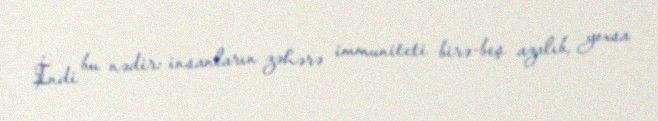
İndi bu nədir: insanların zəhərə immuniteti birə-beş azalıb, yoxsa